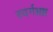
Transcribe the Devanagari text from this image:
स्वर्गभ्रष्ट